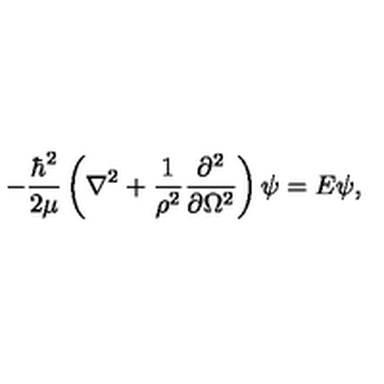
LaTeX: - \frac { \hbar ^ { 2 } } { 2 \mu } \left( \nabla ^ { 2 } + \frac { 1 } { \rho ^ { 2 } } \frac { \partial ^ { 2 } } { \partial \Omega ^ { 2 } } \right) \psi = E \psi ,